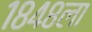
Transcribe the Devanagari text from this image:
१८४८ला